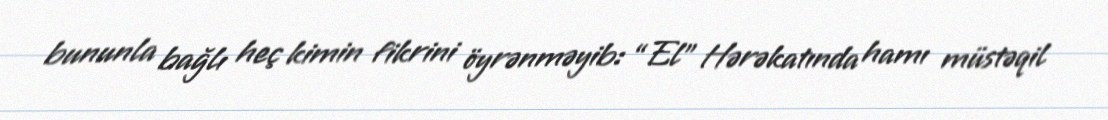
bununla bağlı heç kimin fikrini öyrənməyib: “El” Hərəkatında hamı müstəqil